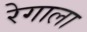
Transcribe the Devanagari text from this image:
रेगाला